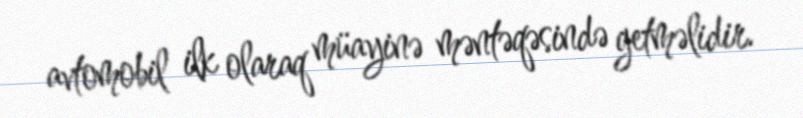
avtomobil ilk olaraq müayinə məntəqəsində getməlidir.